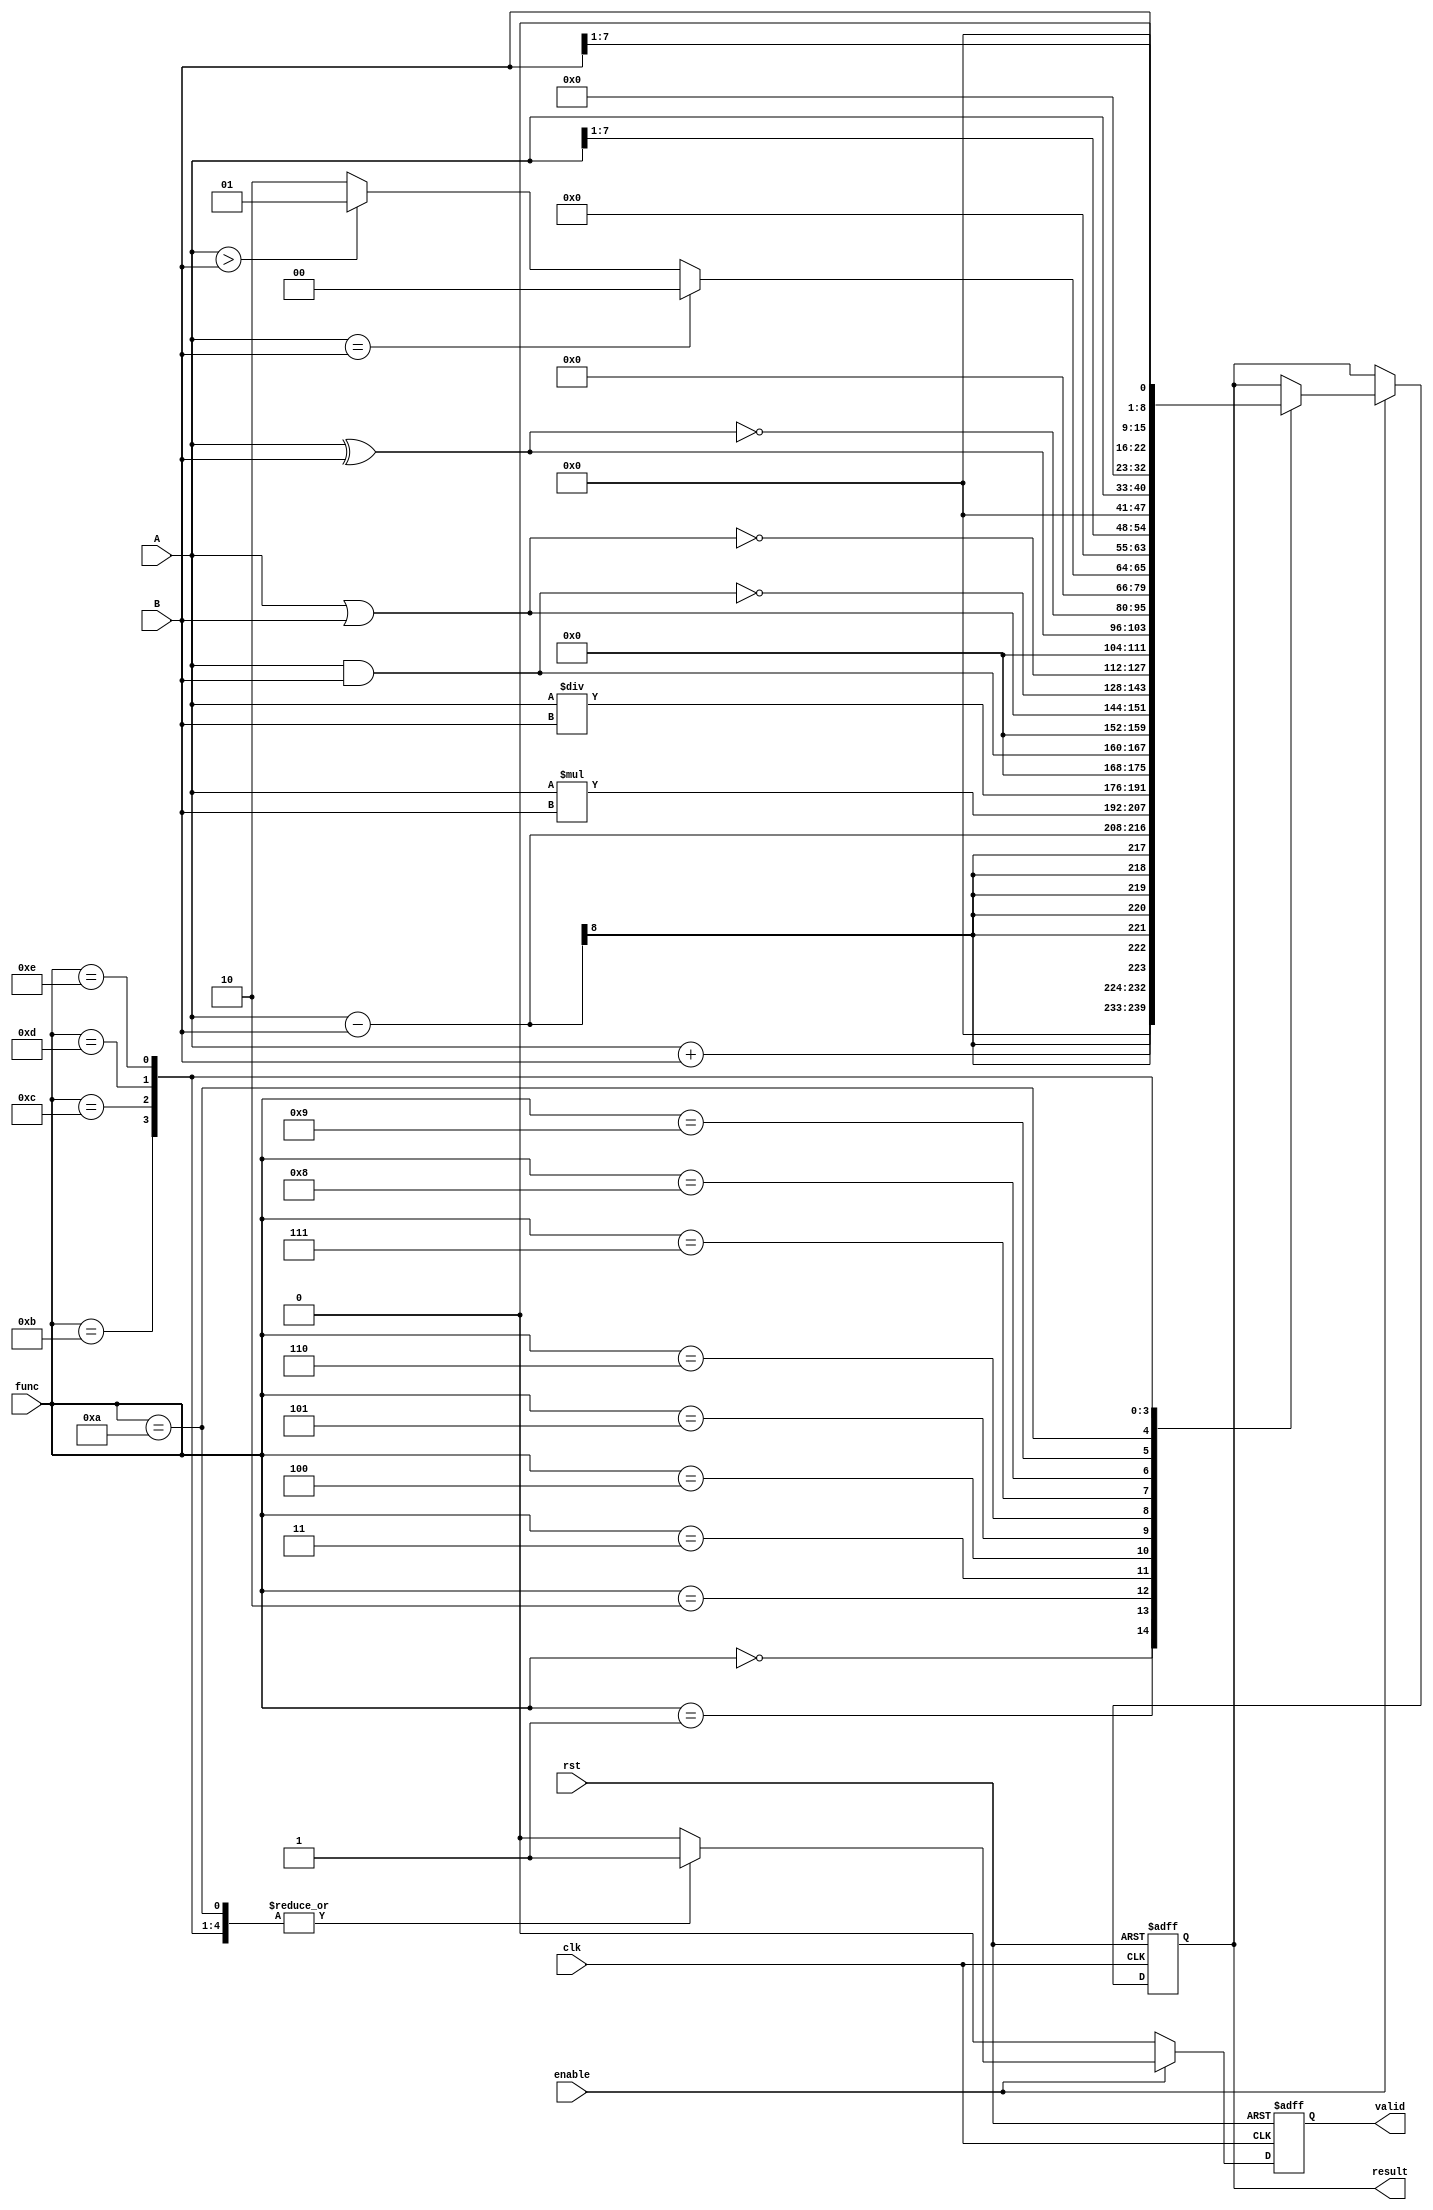
module ALU #(parameter IN_DATA_WIDTH = 8,
             parameter OUT_DATA_WIDTH = 16)
            (input wire [IN_DATA_WIDTH-1 : 0] A,
             input wire [IN_DATA_WIDTH-1 : 0] B,
             input wire [3:0] func,
             input wire enable,
             input wire clk,
             input wire rst,
             output reg [OUT_DATA_WIDTH-1 : 0] result,
             output reg valid);
    
    reg [OUT_DATA_WIDTH-1 : 0] result_comb;
    reg valid_comb;
    
    always@(posedge clk or negedge rst)
    begin
        if (!rst)
        begin
            result <= 'd0;
            valid  <= 1'b0;
        end
        else
        begin
            result <= result_comb;
            valid  <= valid_comb;
        end
    end
    
    always@(*)
    begin
        if (enable)
        begin
            // Initial values to avoid unintentional latches
            result_comb = result;
            case(func)
                // Addition
                4'b0000:
                begin
                    result_comb = A + B;
                    valid_comb  = 1'b1;
                end
                // Subtraction
                4'b0001:
                begin
                    result_comb = A - B;
                    valid_comb  = 1'b1;
                end
                // Multiplication
                4'b0010:
                begin
                    result_comb = A * B;
                    valid_comb  = 1'b1;
                end
                // Division
                4'b0011:
                begin
                    result_comb = A / B;
                    valid_comb  = 1'b1;
                end
                // AND
                4'b0100:
                begin
                    result_comb = A & B;
                    valid_comb  = 1'b1;
                end
                // OR
                4'b0101:
                begin
                    result_comb = A | B;
                    valid_comb  = 1'b1;
                end
                // NAND
                4'b0110:
                begin
                    result_comb = ~(A & B);
                    valid_comb  = 1'b1;
                end
                // NOR
                4'b0111:
                begin
                    result_comb = ~(A | B);
                    valid_comb  = 1'b1;
                end
                // XOR
                4'b1000:
                begin
                    result_comb = A ^ B;
                    valid_comb  = 1'b1;
                end
                // XNOR
                4'b1001:
                begin
                    result_comb = ~(A ^ B);
                    valid_comb  = 1'b1;
                end
                // Compare
                4'b1010:
                begin
                    if (A == B)
                    begin
                        result_comb = 'd0;
                    end
                    else
                    begin
                        if (A > B)
                        begin
                            result_comb = 'd1;
                        end
                        else
                        begin
                            result_comb = 'd2;
                        end
                    end
                    valid_comb = 1'b1;
                end
                // Shift A to the right 1 position
                4'b1011:
                begin
                    result_comb = A >> 1;
                    valid_comb  = 1'b1;
                end
                // Shift A to the left 1 position
                4'b1100:
                begin
                    result_comb = A << 1;
                    valid_comb  = 1'b1;
                end
                // Shift B to the right 1 position
                4'b1101:
                begin
                    result_comb = B >> 1;
                    valid_comb  = 1'b1;
                end
                // Shift B to the left 1 position
                4'b1110:
                begin
                    result_comb = B << 1;
                    valid_comb  = 1'b1;
                end
                default:
                begin
                    result_comb = result;
                    valid_comb  = 1'b0;
                end
            endcase
        end
        else
        begin
            result_comb = result;
            valid_comb  = 1'b0;
        end
    end
    
endmodule